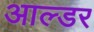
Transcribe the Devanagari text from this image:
आल्डर